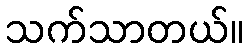
သက်သာတယ်။